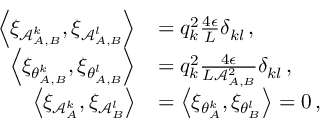
\begin{array} { r l } { \left\langle \xi _ { \mathcal { A } _ { A , B } ^ { k } } , \xi _ { \mathcal { A } _ { A , B } ^ { l } } \right\rangle } & { = q _ { k } ^ { 2 } \frac { 4 \epsilon } { L } \delta _ { k l } \, , } \\ { \left\langle \xi _ { \theta _ { A , B } ^ { k } } , \xi _ { \theta _ { A , B } ^ { l } } \right\rangle } & { = q _ { k } ^ { 2 } \frac { 4 \epsilon } { L \mathcal { A } _ { A , B } ^ { 2 } } \delta _ { k l } \, , } \\ { \left\langle \xi _ { \mathcal { A } _ { A } ^ { k } } , \xi _ { \mathcal { A } _ { B } ^ { l } } \right\rangle } & { = \left\langle \xi _ { \theta _ { A } ^ { k } } , \xi _ { \theta _ { B } ^ { l } } \right\rangle = 0 \, , } \end{array}